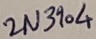
Text: 2N3904